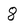
Character: 8